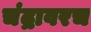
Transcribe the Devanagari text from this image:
चंद्रावरच